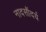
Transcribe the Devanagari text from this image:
नादसौंदर्य